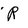
Character: R